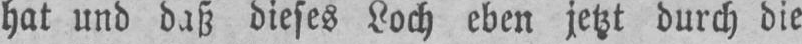
dieses Loch eben jetzt durch die